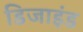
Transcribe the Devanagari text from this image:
डिजाइंड